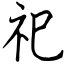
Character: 祀